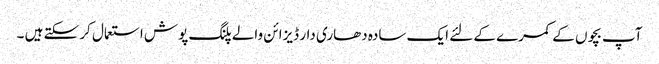
آپ بچوں کے کمرے کے لئے ایک سادہ دھاری دار ڈیزائن والے پلنگ پوش استعمال کر سکتے ہیں ۔